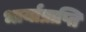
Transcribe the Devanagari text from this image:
भार्याप्राप्ति